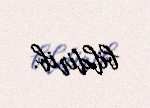
bildirib.